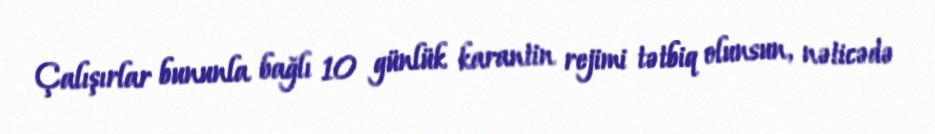
Çalışırlar bununla bağlı 10 günlük karantin rejimi tətbiq olunsun, nəticədə